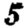
Digit: 5